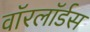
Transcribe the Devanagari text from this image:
वाॅरलाॅर्डस